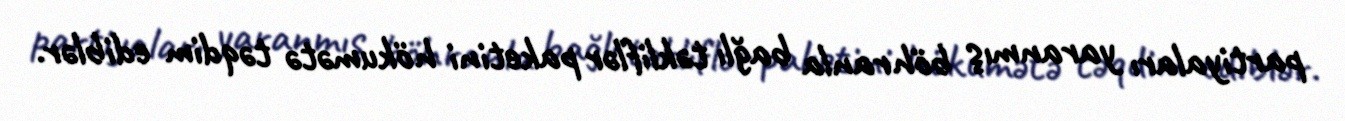
partiyaları yaranmış böhranla bağlı təkliflər paketini hökumətə təqdim ediblər.